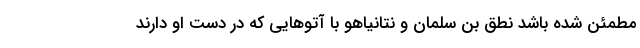
مطمئن شده باشد نطق بن سلمان و نتانیاهو با آتوهایی که در دست او دارند